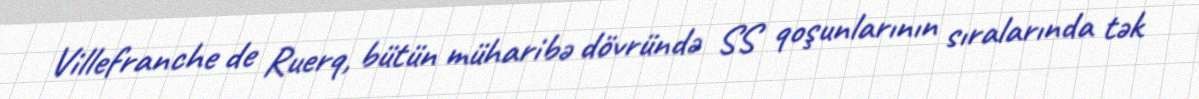
Villefranche de Ruerq, bütün müharibə dövründə SS qoşunlarının sıralarında tək